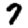
Digit: 7